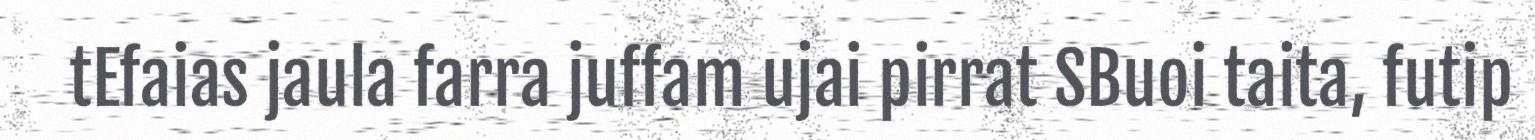
tEfaias jaula farra juffam ujai pirrat SBuoi taita, futip